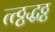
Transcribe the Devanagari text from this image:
त्त्ठ्ठद्धठ्ठ